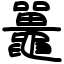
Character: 鼉